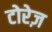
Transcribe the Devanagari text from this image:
टोरेज़